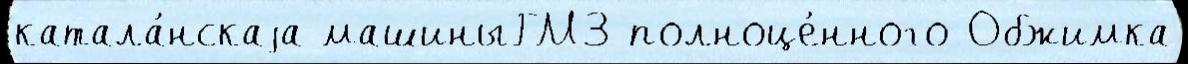
катала́нскаjа машиныГМЗ полноце́нного Обжимка